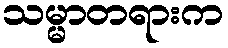
သမ္မာတရားက